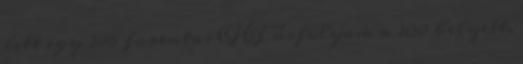
lett egy 286 forintos CHF árfolyam a 200 helyett,